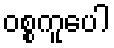
ဝစ္စကူပေါ